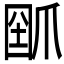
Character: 𤔗